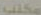
مكتب